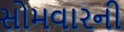
સોમવારની